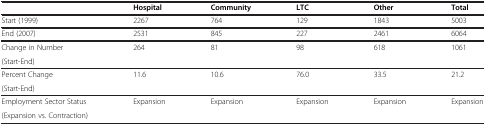
<table><thead><tr><td><b> </b></td><td><b>Hospital</b></td><td><b>Community</b></td><td><b>LTC</b></td><td><b>Other</b></td><td><b>Total</b></td></tr></thead><tbody><tr><td>Start (1999)</td><td>2267</td><td>764</td><td>129</td><td>1843</td><td>5003</td></tr><tr><td>End (2007)</td><td>2531</td><td>845</td><td>227</td><td>2461</td><td>6064</td></tr><tr><td>Change in Number</td><td>264</td><td>81</td><td>98</td><td>618</td><td>1061</td></tr><tr><td>(Start-End)</td><td> </td><td> </td><td> </td><td> </td><td> </td></tr><tr><td>Percent Change</td><td>11.6</td><td>10.6</td><td>76.0</td><td>33.5</td><td>21.2</td></tr><tr><td>(Start-End)</td><td> </td><td> </td><td> </td><td> </td><td> </td></tr><tr><td>Employment Sector Status</td><td>Expansion</td><td>Expansion</td><td>Expansion</td><td>Expansion</td><td>Expansion</td></tr><tr><td>(Expansion vs. Contraction)</td><td> </td><td> </td><td> </td><td> </td><td> </td></tr></tbody></table>